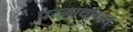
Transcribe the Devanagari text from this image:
परमार्थाबद्दल